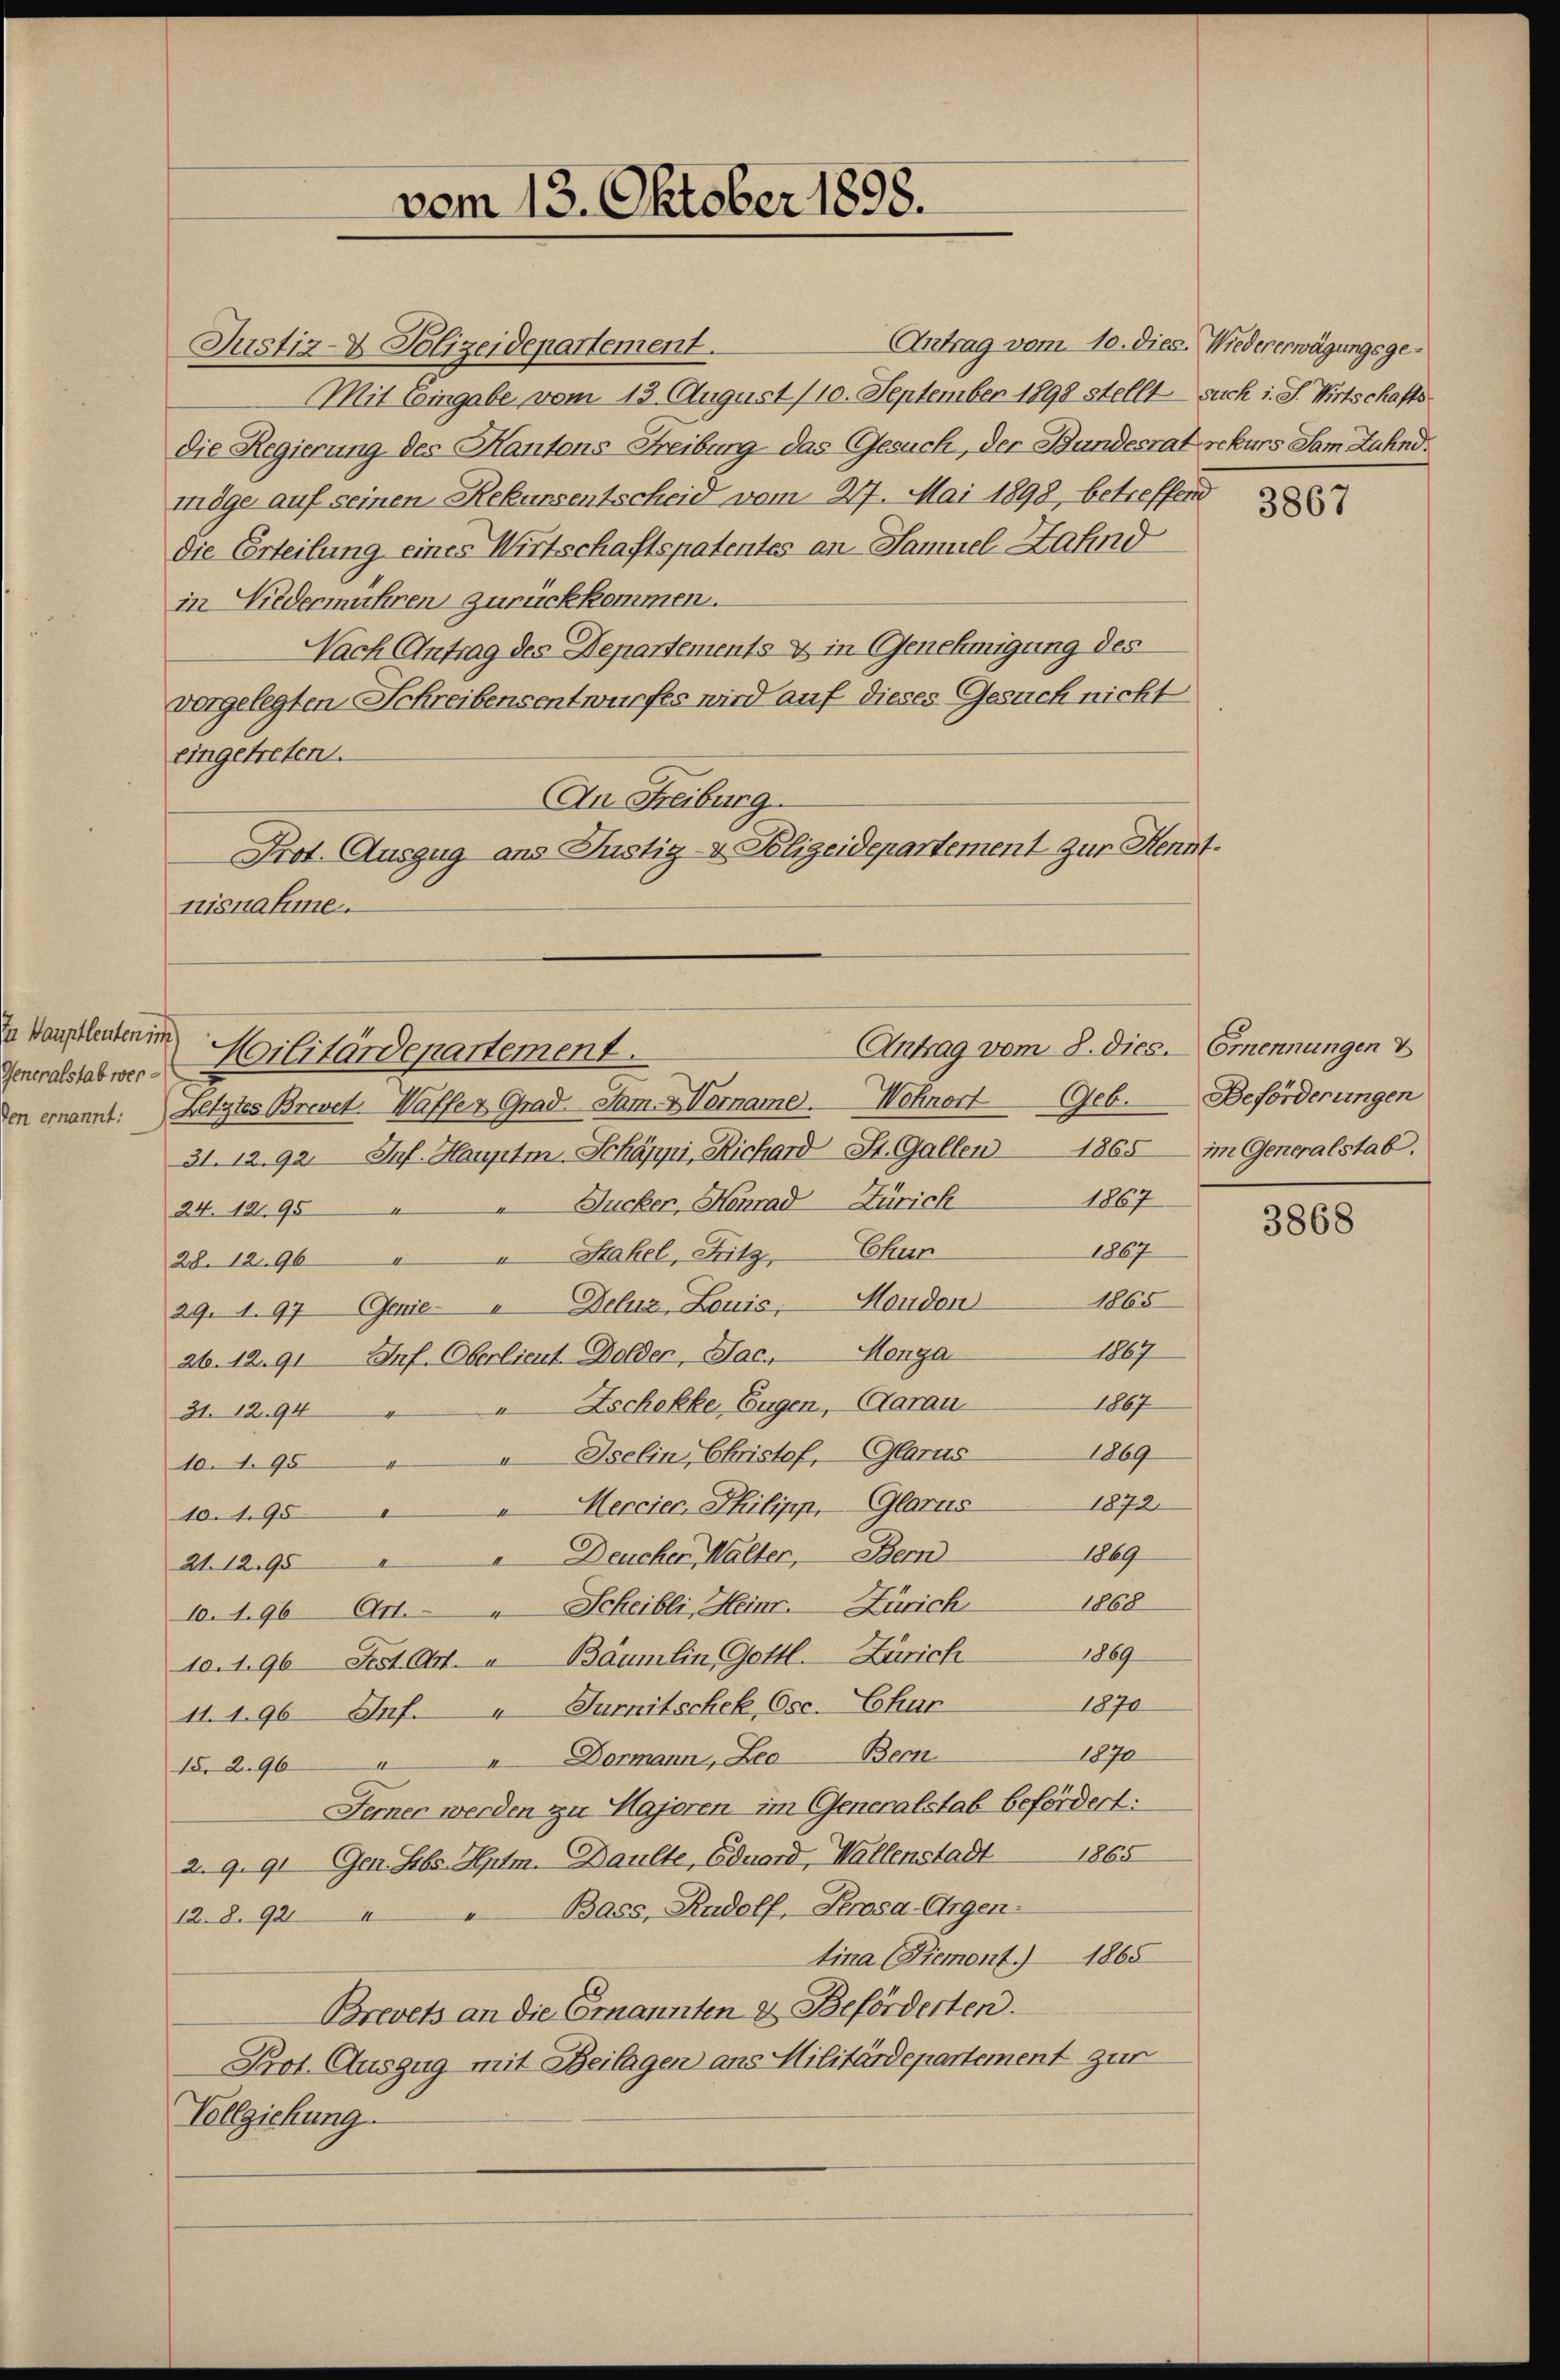
u Hauptleute.
Generalstab wei
len ernannt:

vom 13. Oktober 1898.

Justiz- & Polizeidepartement.
Mit Eingabe vom 13. August /10. September 1898 stellt such i. S. Wirtschaftsdie Regierung des Kantons-Freiburg das Gesuch, der Bundesrat rekurs Sam Zuhndmöge auf seinen Rekursentscheid vom 27. Mai 1898, betreffend
die Erteilung eines Wirtschaftspatentes an Samuel Zahnd
in Niedermühren zurückkommen.
Nach Antrag des Departements & in Genehmigung des
vorgelegten Schreibensentwurfes wird auf dieses Gesuch nicht
eingetreten.
An Freiburg.
Prot. Auszug ans Justiz- & Polizeidepartement zur Kenntnisnahme.
Militärdepartement.
Letztes Brevet Waffer Grad. Sam Vorname. Wohnort
31. 1292. Inf. Hauptm. Schäppi, Richard St. Gallen
Sucker, Honrad Zürich
24. 1295
Stakel, Fritz, Chur
28. 1296
29. 1. 97 Genie Deluz, Louis, Monden
26. 12. 91 Juf. Oberlieut. Dolder, Jac. Monga
Eschekke Eugen, Aarau
31. 1294
a Iselin, Christof, Glarus
10. 1954
1872.
Merciec, Philipp, Glarus
10. 195
1869
Deucher, Malter, Bern
21. 1295
10. 196 611. " Scheibli, Heinr. Zürich 1868
10. 196 Fest. An u Bäumlin, Gottl. Zürich 1889
1870
11. 196 Jnf.  Turnitscheke Osc. Chur
1870
Dormann, Leo Bern
15. 296
Ferner werden zu Hajoren im Generalstab befördert:
2. 9. 91. Gen. Lebe Hptm. Daulte, Eduard, Wallenstadt 1865
Bacs, Rudolf, Prosa-Argen-
12. 8. 924
tina (Piemont.) 1865
Brevets an die Ernannten & Beförderten.
Prot. Auszug mit Beilagen ans Militärdepartement zur
Vollziehung

Antrag vom 10. dies. Wiedererwägungsge¬

Antrag vom 8. dies. Ernennungen V

Geb.

1867

1867
1865
1867
1867
1869

3867

Beförderungen
1865 im Generalstab.

3868